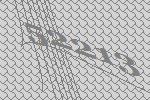
52213